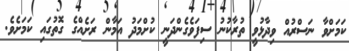
ކަމަށްވާ ނަސްރުއް ވިދާޅުވީ ތުރާކުނު ސިފަވެގެންދަނީ ކުށްމަދު އަމާން ރަށެއްގެ ގޮތުގައި ކަމަށެވެ.